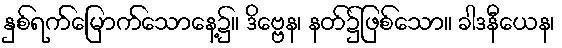
နှစ်ရက်မြောက်သောနေ့၌။ ဒိဗ္ဗေန၊ နတ်၌ဖြစ်သော။ ခါဒနီယေန၊